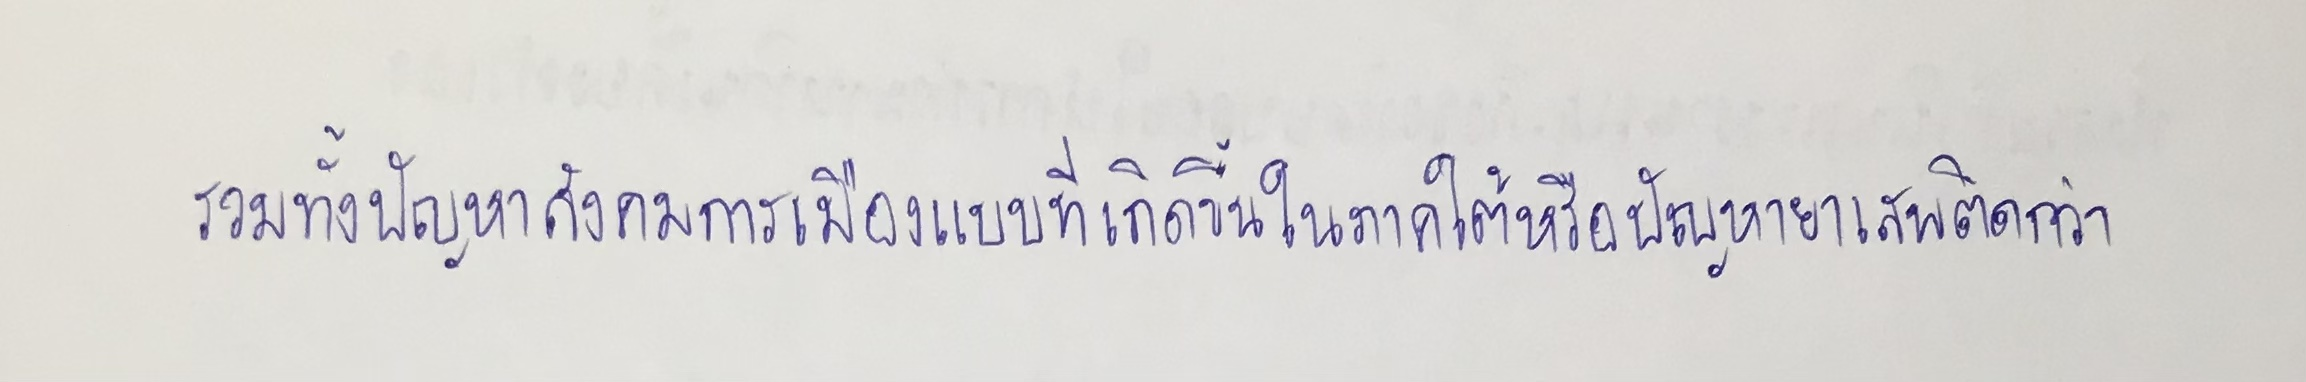
รวมทั้งปัญหาสังคมการเมืองแบบที่เกิดขึ้นในภาคใต้หรือปัญหายาเสพติดว่า